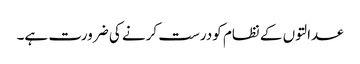
عدالتوں کے نظام کودرست کرنے کی ضرورت ہے۔